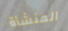
المنشأة